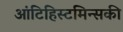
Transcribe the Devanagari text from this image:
आंटिहिस्टमिन्सकी